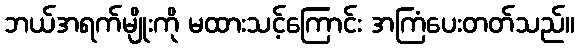
ဘယ်အရက်မျိုးကို မထားသင့်ကြောင်း အကြံပေးတတ်သည်။